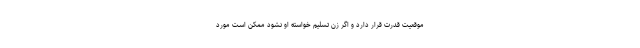
موقعیت قدرت قرار دارد و اگر زن تسلیم خواسته او نشود ممکن است مورد